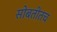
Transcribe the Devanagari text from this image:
सोबतीतच